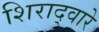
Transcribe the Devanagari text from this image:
शिराद्वारे